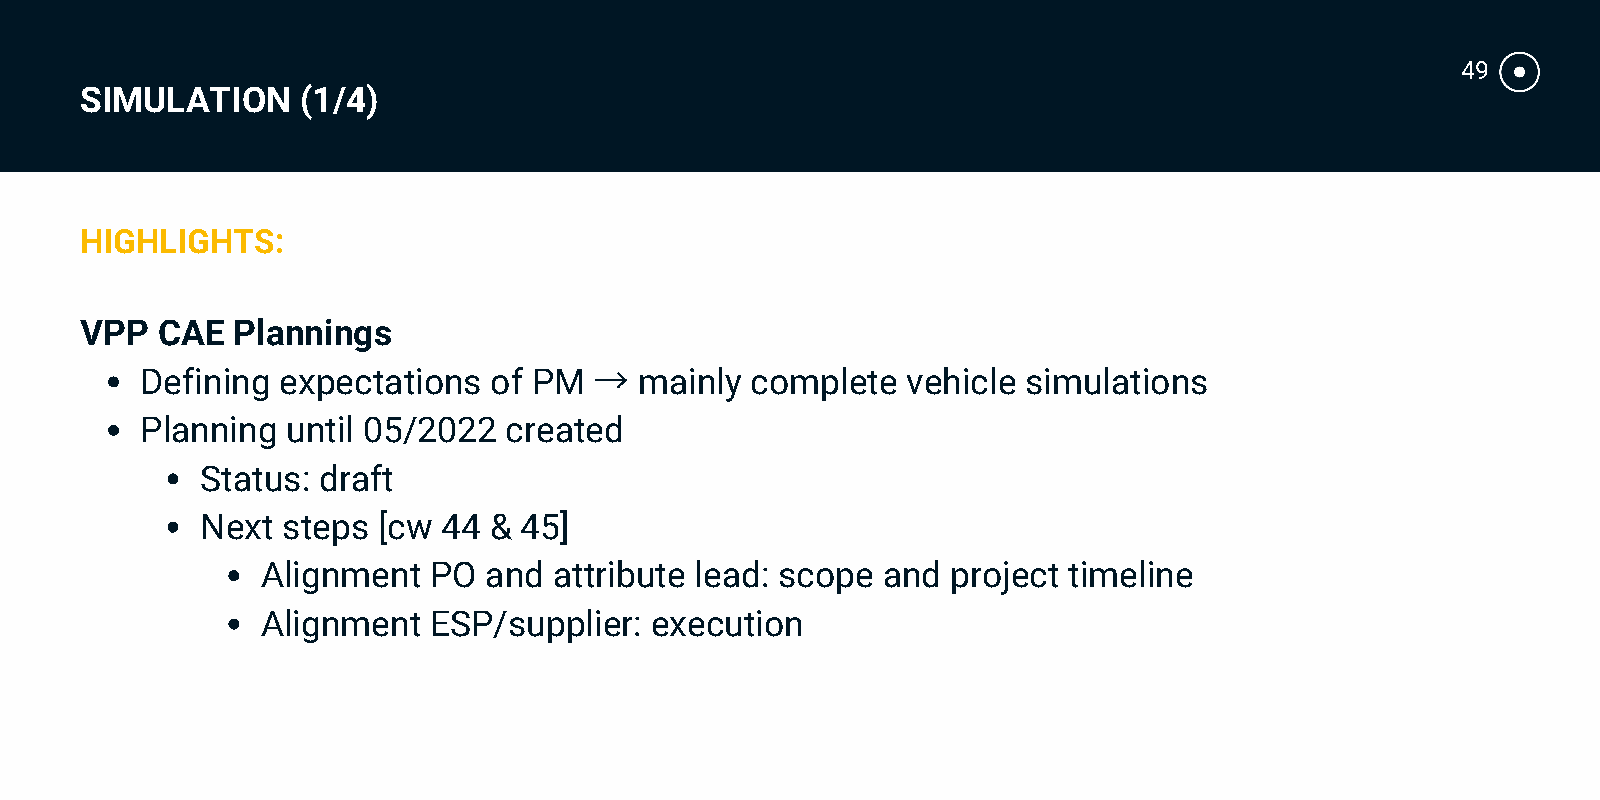
49
 SIMULATION     (1/4)
 HIGHLIGHTS:
 VPP  CAE  Plannings
 →
 Defining expectations  of PM     mainly  complete  vehicle simulations
 Planning  until 05/2022 created
 Status: draft
 Next  steps [cw 44 & 45]
 Alignment  PO  and  attribute lead: scope and project timeline
 Alignment  ESP/supplier:  execution